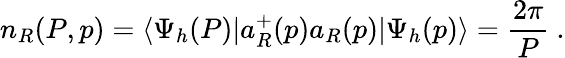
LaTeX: n_{R}(P,p)=\langle\Psi_{h}(P)|a_{R}^{+}(p)a_{R}(p)|\Psi_{h}(p)\rangle=\frac{2\pi}P\ .